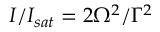
I / I _ { s a t } = 2 \Omega ^ { 2 } / \Gamma ^ { 2 }